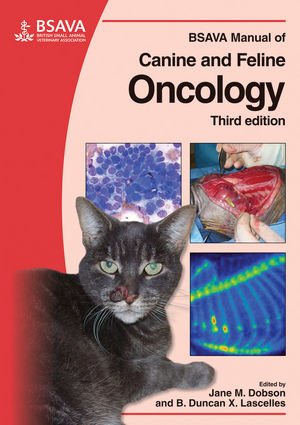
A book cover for BSAVA Manual of Canine and Feline Oncology; Medical Books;